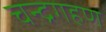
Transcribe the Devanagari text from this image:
चन्द्रगहण